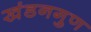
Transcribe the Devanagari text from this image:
खंडनगुण